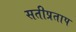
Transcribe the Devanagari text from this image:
सतीप्रताप